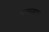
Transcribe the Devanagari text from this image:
काल्ज़ाडा